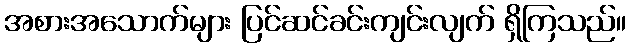
အစားအသောက်များ ပြင်ဆင်ခင်းကျင်းလျက် ရှိကြသည်။